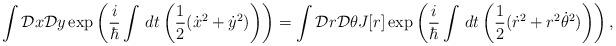
LaTeX: \begin{align*}\int{\cal D}x{\cal D}y\exp\left(\frac{i}{\hbar}\int\,dt\left(\frac{1}{2}(\dot{x}^{2}+\dot{y}^{2})\right)\right) =\int{\cal D}r{\cal D}\theta J[r] \exp\left(\frac{i}{\hbar}\int\,dt\left(\frac{1}{2}(\dot{r}^{2}+r^{2}\dot{\theta}^{2})\right)\right),\end{align*}